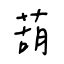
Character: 葫